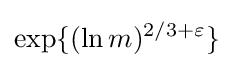
\exp\{(\ln m)^{2/3+\varepsilon }\}